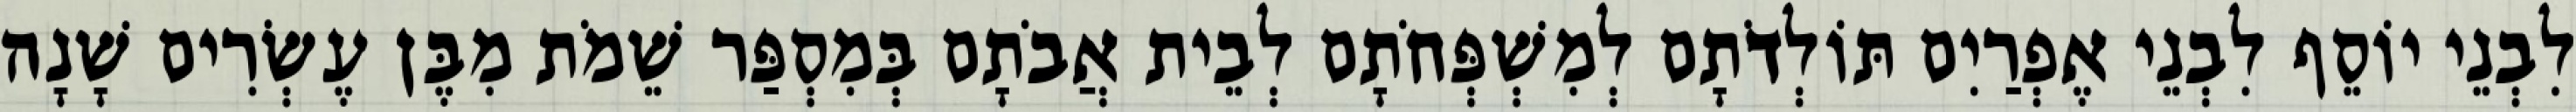
לִבְנֵי יוֹסֵף לִבְנֵי אֶפְרַיִם תּוֹלְדֹתָם לְמִשְׁפְּחֹתָם לְבֵית אֲבֹתָם בְּמִסְפַּר שֵׁמֹת מִבֶּן עֶשְׂרִים שָׁנָה